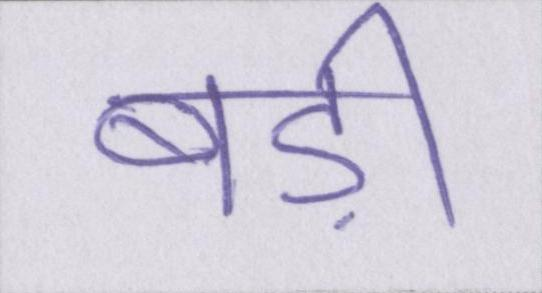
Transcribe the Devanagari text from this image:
बड़ी